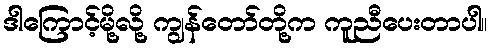
ဒါကြောင့်မို့လို့ ကျွန်တော်တို့က ကူညီပေးတာပါ။